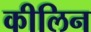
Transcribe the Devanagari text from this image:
कीलिन